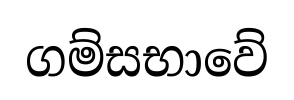
ගම්සභාවේ